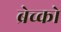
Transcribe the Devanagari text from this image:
ब्रेच्को